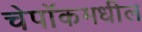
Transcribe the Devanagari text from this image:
चेपॉकमधील